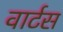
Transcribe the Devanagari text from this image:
वार्टस